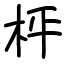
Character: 枰